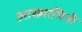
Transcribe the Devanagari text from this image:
आख्यामिनी